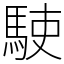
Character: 𩢲